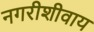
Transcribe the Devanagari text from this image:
नगरीशीवाय